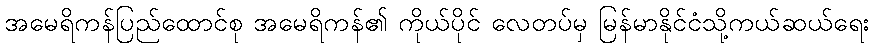
အမေရိကန်ပြည်ထောင်စု အမေရိကန်၏ ကိုယ်ပိုင် လေတပ်မှ မြန်မာနိုင်ငံသို့ကယ်ဆယ်ရေး